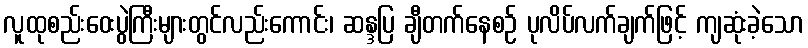
လူထုစည်းဝေးပွဲကြီးများတွင်လည်းကောင်း၊ ဆန္ဒပြ ချီတက်နေစဉ် ပုလိပ်လက်ချက်ဖြင့် ကျဆုံးခဲ့သော